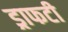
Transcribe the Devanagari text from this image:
ड्राफटी